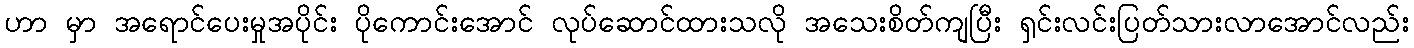
ဟာ မှာ အရောင်ပေးမှုအပိုင်း ပိုကောင်းအောင် လုပ်ဆောင်ထားသလို အသေးစိတ်ကျပြီး ရှင်းလင်းပြတ်သားလာအောင်လည်း